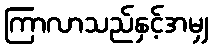
ကြာလာသည်နှင့်အမျှ